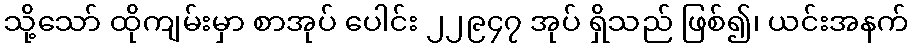
သို့သော် ထိုကျမ်းမှာ စာအုပ် ပေါင်း ၂၂၉၄၇ အုပ် ရှိသည် ဖြစ်၍၊ ယင်းအနက်